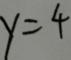
y = 4